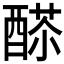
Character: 𨡸